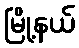
မြို့နယ်